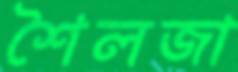
শৈলজা